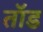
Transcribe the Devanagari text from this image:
तॉड